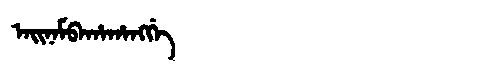
Manchu: ᠠᡳᠨᠠᠮᠪᠠᡥᠠᡥᠠᠩᡤᡝ
Romanization: AINAMBAHAHANGGE